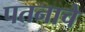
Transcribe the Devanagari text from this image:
पतनाचे